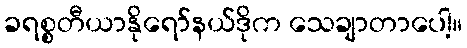
ခရစ္စတီယာနိုရော်နယ်ဒိုက သေချာတာပေါ့။